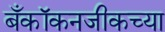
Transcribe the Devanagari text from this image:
बँकॉकनजीकच्या